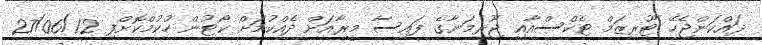
ދައްކަންޖެހޭ ޓޫރިޒަމް ޓެކްސްއާއި ޖޫރިމަނާގެ ފައިސާ މީރާއަށް ދެއްކުމަށް ކޯޓުން ހުކުމްކޮށްފި 27/06/12